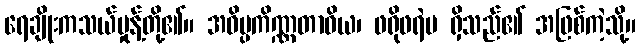
ရေချိုးကသယ်မှုန့်တို့၏။ အဝိပ္ပကိဏ္ဏတာဝိယ၊ ဖရိုဖရဲမ ရှိသည်၏ အဖြစ်ကဲ့သို့။